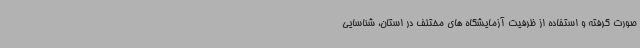
صورت گرفته و استفاده از ظرفیت آزمایشگاه های مختلف در استان، شناسایی